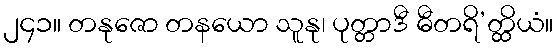
၂၄၁။ တနုဇော တနယော သူနု၊ ပုတ္တာဒီ ဓီတရိ’တ္ထိယံ။